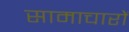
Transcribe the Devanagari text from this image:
सामाचारों